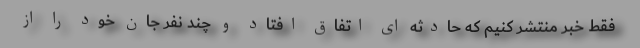
فقط خبر منتشر کنیم که حادثه ای اتفاق افتاد و چند نفر جان خود را از